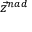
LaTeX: { \vec { z } } ^ { n a d }